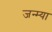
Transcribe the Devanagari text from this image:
जन्म्या